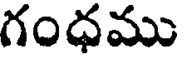
గంధము